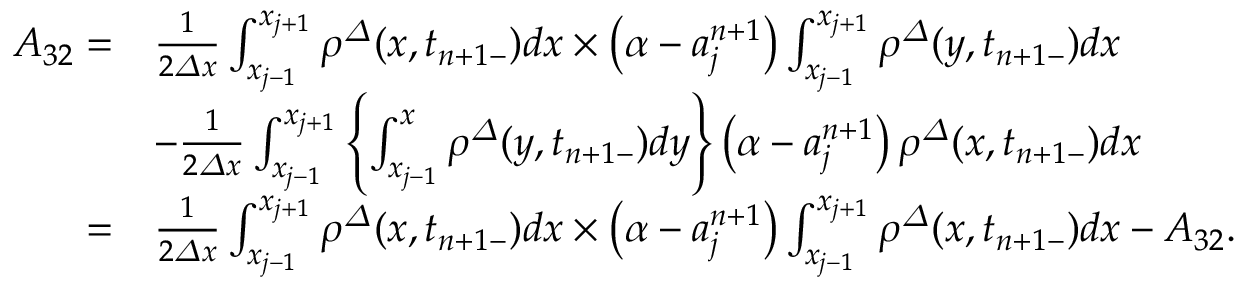
\begin{array} { r l } { A _ { 3 2 } = } & { \frac 1 { 2 { \varDelta } x } \int _ { x _ { j - 1 } } ^ { x _ { j + 1 } } { \rho } ^ { \varDelta } ( x , t _ { n + 1 - } ) d x \times \left( \alpha - a _ { j } ^ { n + 1 } \right) \int _ { x _ { j - 1 } } ^ { x _ { j + 1 } } { \rho } ^ { \varDelta } ( y , t _ { n + 1 - } ) d x } \\ & { - \frac 1 { 2 { \varDelta } x } \int _ { x _ { j - 1 } } ^ { x _ { j + 1 } } \left\{ \int _ { x _ { j - 1 } } ^ { x } { \rho } ^ { \varDelta } ( y , t _ { n + 1 - } ) d y \right\} \left( \alpha - a _ { j } ^ { n + 1 } \right) { \rho } ^ { \varDelta } ( x , t _ { n + 1 - } ) d x } \\ { = } & { \frac 1 { 2 { \varDelta } x } \int _ { x _ { j - 1 } } ^ { x _ { j + 1 } } { \rho } ^ { \varDelta } ( x , t _ { n + 1 - } ) d x \times \left( \alpha - a _ { j } ^ { n + 1 } \right) \int _ { x _ { j - 1 } } ^ { x _ { j + 1 } } { \rho } ^ { \varDelta } ( x , t _ { n + 1 - } ) d x - A _ { 3 2 } . } \end{array}